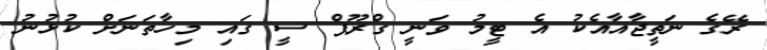
ރޭގެ ނަތީޖާއާއެކު އެ ޓީމު ވަނީ ގްރޫޕް ސީ ގައި މިހާތަނަށް ކުޅުނު